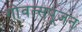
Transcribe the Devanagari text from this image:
गोवत्सपूजन